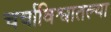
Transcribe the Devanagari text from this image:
चर्चाविश्वातल्या